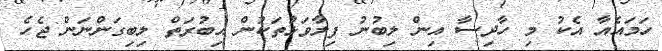
ހަމައެއާ އެކު މި ހާދިސާ އިން ލިބުނު ފިލާވަޅުތަކުން އިބުރަތް ލިބިގަންނަން ޖެހެ